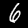
Label: 6